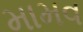
મામવ